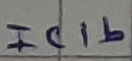
Text: IC1b